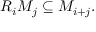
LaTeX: R _ { i } M _ { j } \subseteq M _ { i + j } .